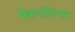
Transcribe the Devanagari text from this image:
मेकगॉनेगल